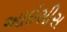
આઇસીસ